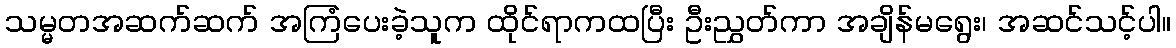
သမ္မတအဆက်ဆက် အကြံပေးခဲ့သူက ထိုင်ရာကထပြီး ဦးညွှတ်ကာ အချိန်မရွေး၊ အဆင်သင့်ပါ။